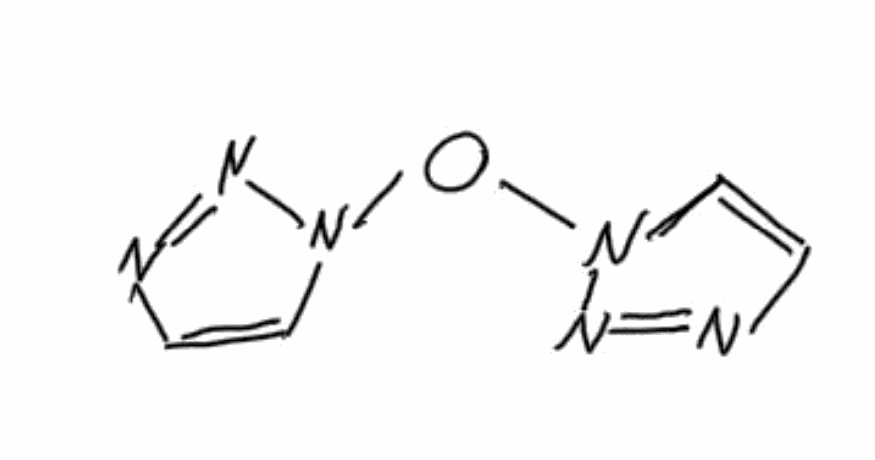
Simplified molecular-input line-entry system (SMILES) notation of the given molecule:
C1=CN(N=N1)ON2C=CN=N2